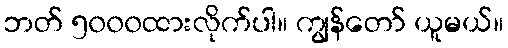
ဘတ် ၅၀၀၀ထားလိုက်ပါ။ ကျွန်တော် ယူမယ်။